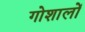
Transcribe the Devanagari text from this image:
गोशालों